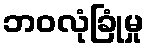
ဘဝလုံခြုံမှု